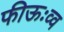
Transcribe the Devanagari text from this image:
फीऊःव्व